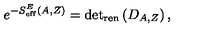
e ^ { - S _ { \mathrm { e f f } } ^ { E } ( A , Z ) } = \mathrm { d e t } _ { \mathrm { r e n } } \left( D _ { A , Z } \right) ,